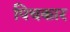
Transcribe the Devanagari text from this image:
पिचकार